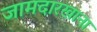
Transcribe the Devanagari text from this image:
जामदारखाना